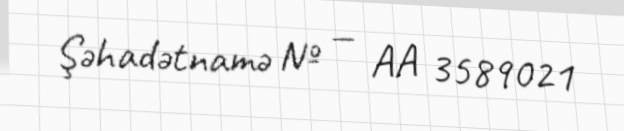
Şəhadətnamə № — AA 3589021